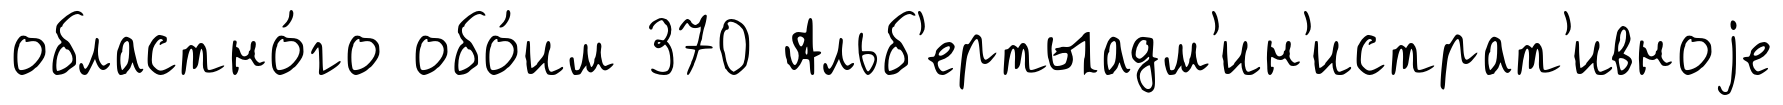
областно́го обо́им 370 Альб'ертыадм'ин'истрат'ивноjе